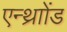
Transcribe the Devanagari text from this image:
एन्थ्राोंड